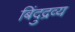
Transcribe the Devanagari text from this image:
बिंदुद्रव्य